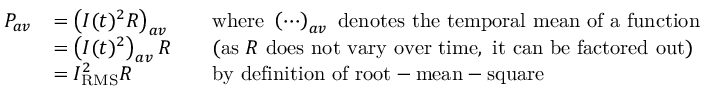
{ \begin{array} { r l r l } { P _ { a v } } & { = \left( I ( t ) ^ { 2 } R \right) _ { a v } } & & { { \mathrm { w h e r e ~ } } \left( \cdots \right) _ { a v } { \mathrm { ~ d e n o t e s ~ t h e ~ t e m p o r a l ~ m e a n ~ o f ~ a ~ f u n c t i o n } } } \\ & { = \left( I ( t ) ^ { 2 } \right) _ { a v } R } & & { { \mathrm { ( a s ~ } } R { \mathrm { ~ d o e s ~ n o t ~ v a r y ~ o v e r ~ t i m e , ~ i t ~ c a n ~ b e ~ f a c t o r e d ~ o u t ) } } } \\ & { = I _ { \mathrm { R M S } } ^ { 2 } R } & & { { \mathrm { b y ~ d e f i n i t i o n ~ o f ~ r o o t - m e a n - s q u a r e } } } \end{array} }